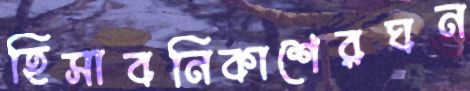
হিসাবনিকাশেরঘন